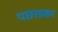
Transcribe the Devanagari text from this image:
पछाडकर